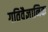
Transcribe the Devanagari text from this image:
गतिवैज्ञानिक